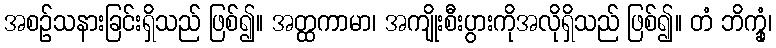
အစဉ်သနားခြင်းရှိသည် ဖြစ်၍။ အတ္ထကာမာ၊ အကျိုးစီးပွားကိုအလိုရှိသည် ဖြစ်၍။ တံ ဘိက္ခုံ၊